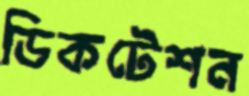
ডিকটেশন